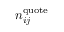
n _ { i j } ^ { \mathrm { q u o t e } }